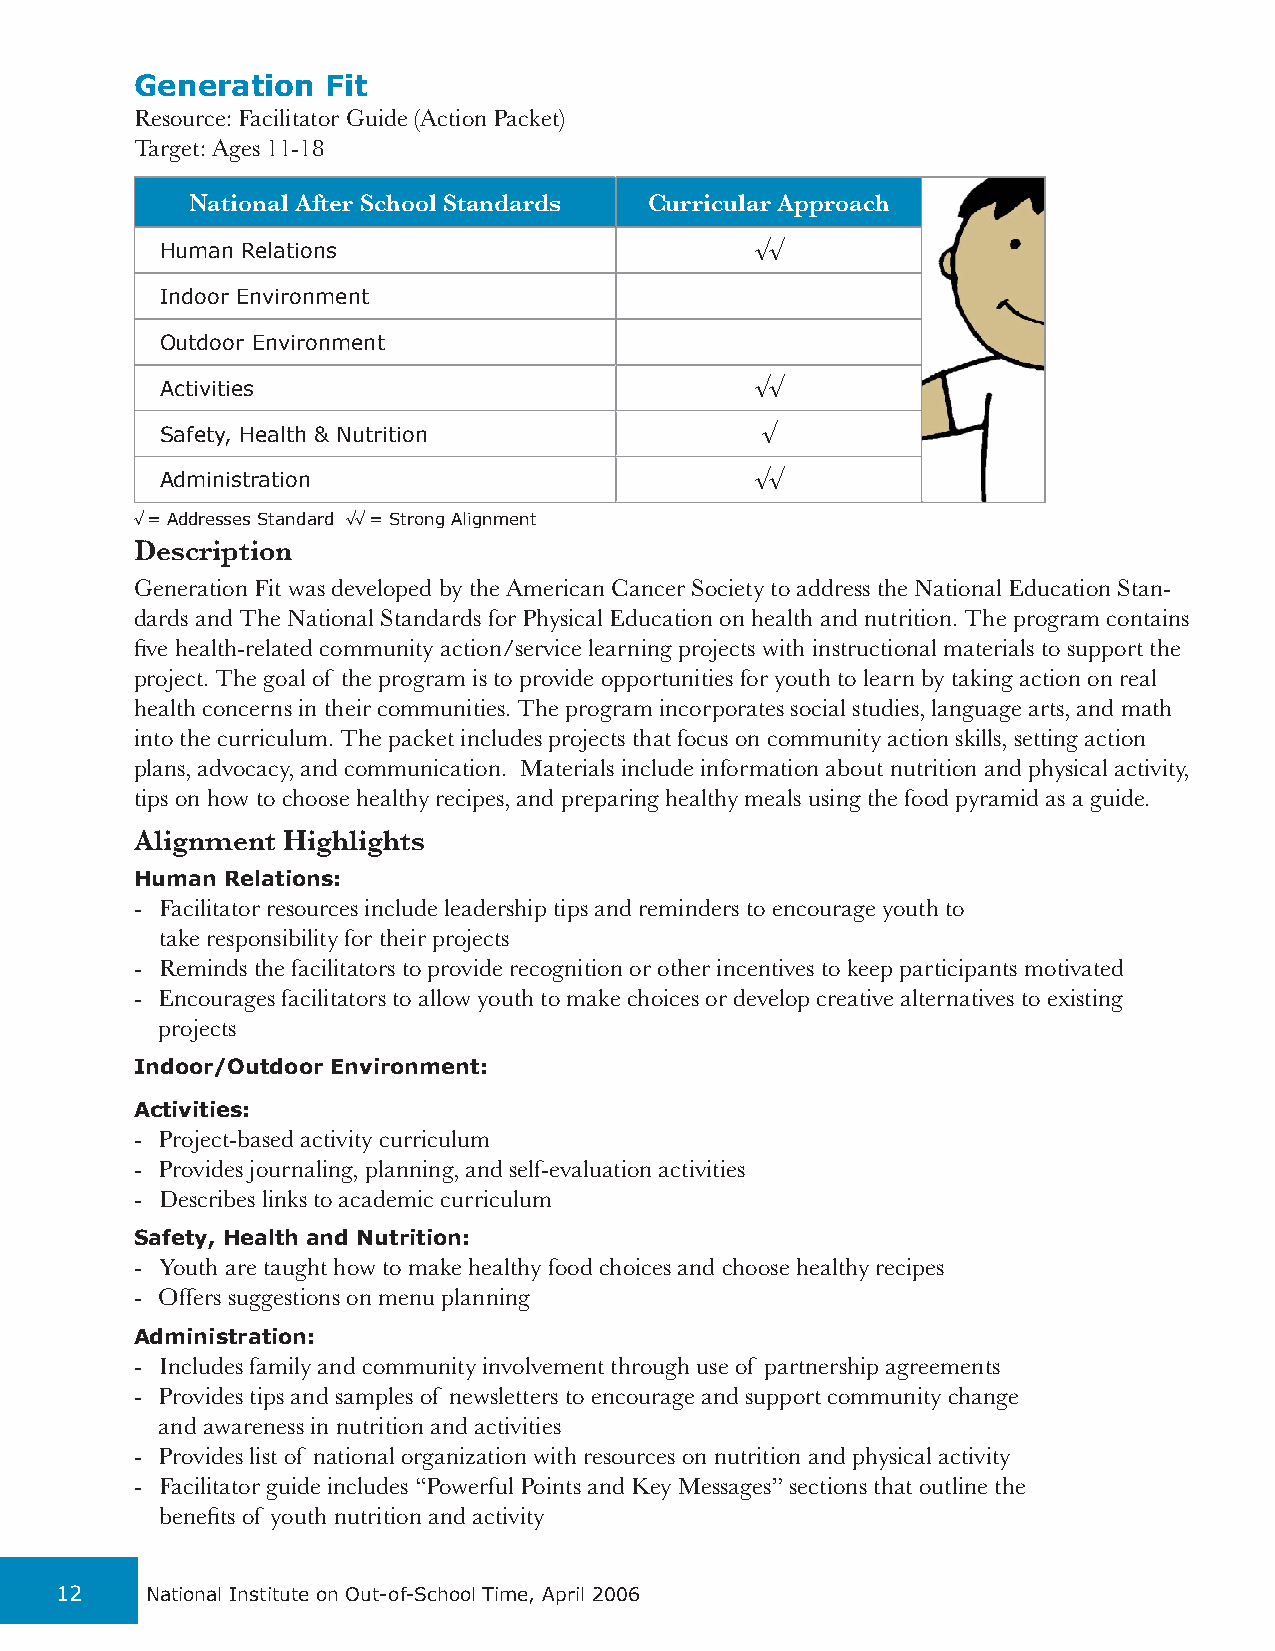
Generation   Fit
 Resource: Facilitator Guide (Action Packet)
 Target: Ages 11-18
 National After School Standards Curricular Approach
 Human Relations                        √√
 Indoor Environment
 Outdoor Environment
 Activities                             √√
 Safety, Health & Nutrition             √
 Administration                         √√
 √ = Addresses Standard √√ = Strong Alignment
 Description
 Generation Fit was developed by the American Cancer Society to address the National Education Stan-
 dards and The National Standards for Physical Education on health and nutrition. The program contains
 five health-related community action/service learning projects with instructional materials to support the
 project. The goal of the program is to provide opportunities for youth to learn by taking action on real
 health concerns in their communities. The program incorporates social studies, language arts, and math
 into the curriculum. The packet includes projects that focus on community action skills, setting action
 plans, advocacy, and communication. Materials include information about nutrition and physical activity,
 tips on how to choose healthy recipes, and preparing healthy meals using the food pyramid as a guide.
 Alignment Highlights
 Human Relations:
 - Facilitator resources include leadership tips and reminders to encourage youth to
 take responsibility for their projects
 - Reminds the facilitators to provide recognition or other incentives to keep participants motivated
 - Encourages facilitators to allow youth to make choices or develop creative alternatives to existing
 projects
 Indoor/Outdoor Environment:
 Activities:
 - Project-based activity curriculum
 - Provides journaling, planning, and self-evaluation activities
 - Describes links to academic curriculum
 Safety, Health and Nutrition:
 - Youth are taught how to make healthy food choices and choose healthy recipes
 - Offers suggestions on menu planning
 Administration:
 - Includes family and community involvement through use of partnership agreements
 - Provides tips and samples of newsletters to encourage and support community change
 and awareness in nutrition and activities
 - Provides list of national organization with resources on nutrition and physical activity
 - Facilitator guide includes “Powerful Points and Key Messages” sections that outline the
 benefits of youth nutrition and activity
 12    National Institute on Out-of-School Time, April 2006